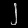
Digit: ၂